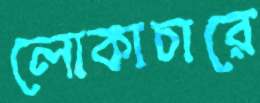
লোকাচারে